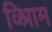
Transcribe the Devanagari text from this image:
व्श्रिाम